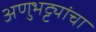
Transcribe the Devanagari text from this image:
अणुभट्ट्यांचा